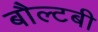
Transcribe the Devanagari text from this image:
बौल्टबी